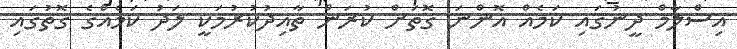
އިސްލާމް ދީނުގައި ކަމެއް އޮންނަ ގޮތަށް ކުރަން ތާއިދުކުރުމަކީ ލަދު ކަމެއްގެ ގޮތުގައި